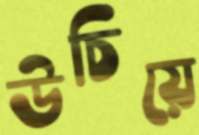
উচিয়ে